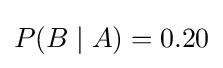
P(B\mid A)=0.20